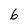
Character: 6